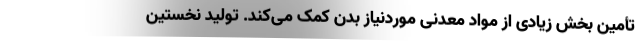
تأمین بخش زیادی از مواد معدنی موردنیاز بدن کمک می‌کند. تولید نخستین